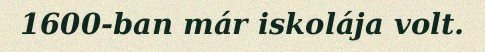
1600-ban már iskolája volt.